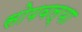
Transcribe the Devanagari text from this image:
सोपवल्या